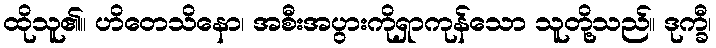
ထိုသူ၏။ ဟိတေသိနော၊ အစီးအပွားကိုရှာကုန်သော သူတို့သည်။ ဒုက္ခီ၊